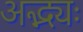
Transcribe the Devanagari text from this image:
अद्भ्यः